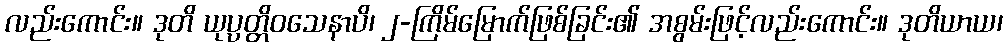
လည်းကောင်း။ ဒုတိ ယုပ္ပတ္တိဝသေနာပိ၊ ၂-ကြိမ်မြောက်ဖြစ်ခြင်း၏ အစွမ်းဖြင့်လည်းကောင်း။ ဒုတိယာယ၊